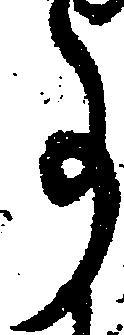
事